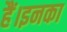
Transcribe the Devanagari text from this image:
हैं।इनका